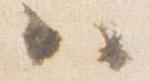
ハ